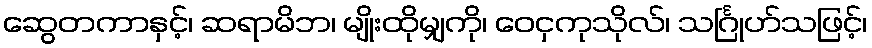
ဆွေတကာနှင့်၊ ဆရာမိဘ၊ မျိုးထိုမျှကို၊ ဝေငှကုသိုလ်၊ သင်္ဂြုဟ်သဖြင့်၊